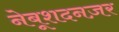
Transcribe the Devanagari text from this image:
नेबूशदनज़र